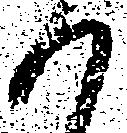
候